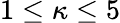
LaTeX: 1\leq\kappa\leq 5